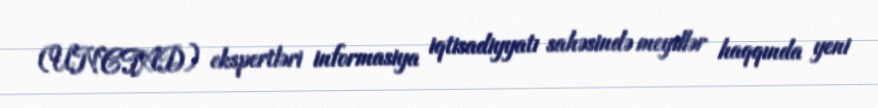
(UNCTAD) ekspertləri informasiya iqtisadiyyatı sahəsində meyillər haqqında yeni